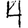
Digit: 4